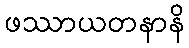
ဖဿာယတနာနိ